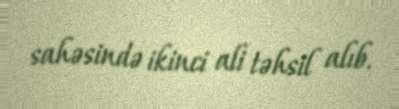
sahəsində ikinci ali təhsil alıb.